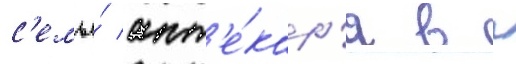
с'емье́ апт'е́кар'я в г